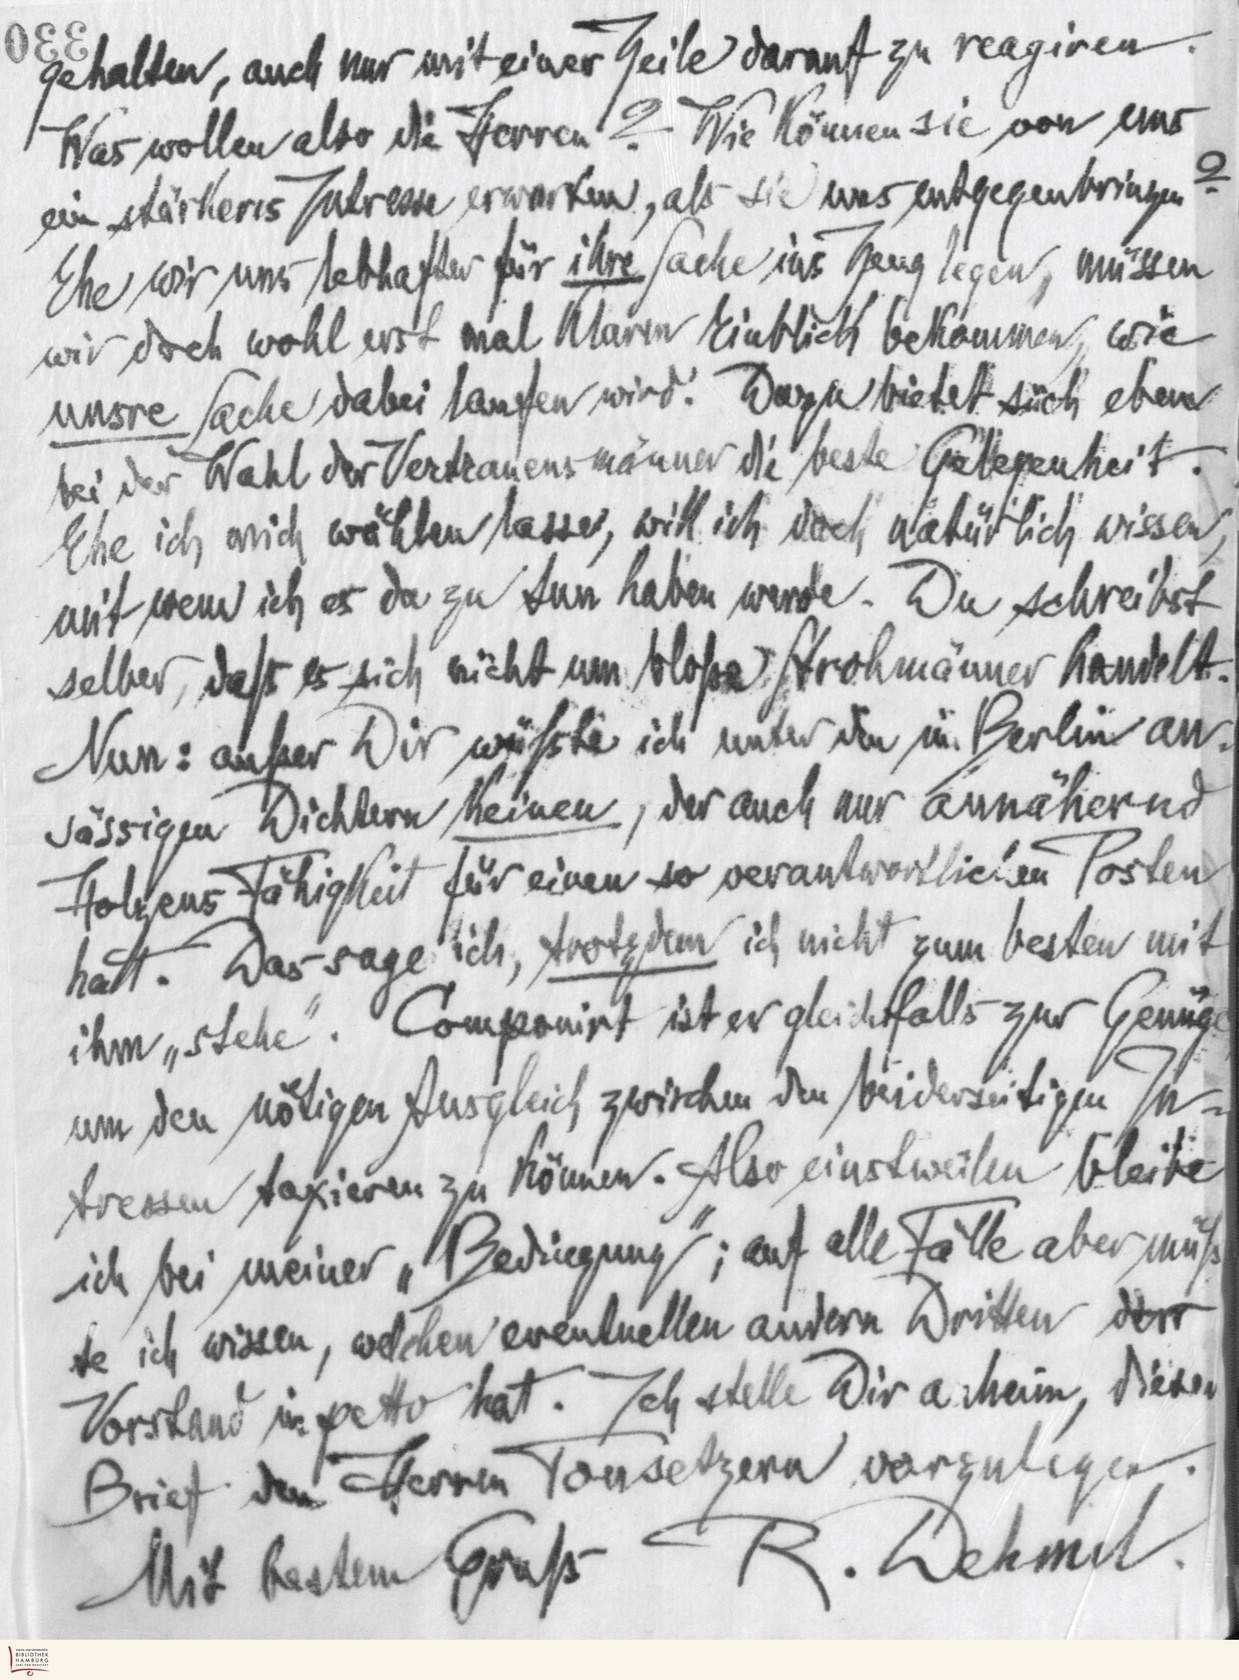
gehalten, auch nur mit einer Zeile darauf zu reagiren.
Was wollen also die Herren ? Wie können sie von uns
ein stärkeres Intresse erwarten, als sie uns entgegenbringen?
Ehe wir uns lebhafter für ihre Sache ins Zeug legen, müssen
wir doch wohl erst mal klaren Einblick bekommen, wie
unsre Sache dabei laufen wird. Dazu bietet sich eben
bei der Wahl der Vertrauensmänner die beste Gelegenheit.
Ehe ich mich wählen lasse, will ich doch natürlich wissen,
mit wem ich es da zu tun haben werde. Du schreibts
selber, daß es sich nicht um bloße Strohmänner handelt.
Nun: außer Dir wüßte ich unter den in Berlin an-
sässigen Dichtern Keinen, der auch nur annähernd
Holzens Fähigkeit für einen so verantwortlichen Posten
hat. Das sage ich, trotzdem ich nicht zum besten mit
ihm „stehe‟. Componist ist er gleichfalls zur Genüge
um den nötigen Ausgleich zwischen den beiderseitigen In-
tressen taxieren zu können. Also einstweilen bleibe
ich bei meiner „Bedingung‟; auf alle Fälle aber müß-
te ich wissen, welchen eventuellen andern Dritten der
Vorstand in petto hat. Ich stelle Dir anheim, diesen
Brief den Herren Tonsetzern vorzulegen.
R. Dehmel.
Mit bestem Gruß